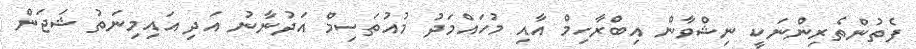
ފެތުންތެރިންނަކީ ނިޝްވާން އިބްރާހިމް އާއި މުހައްމަދު މުއުތަސިމް އަދުނާނު އަދި އައިމިނަތު ޝަޖަން